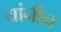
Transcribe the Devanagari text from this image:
यांनीन